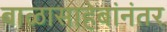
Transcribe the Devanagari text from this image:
बाळासाहेबांनंतर